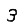
Digit: 3